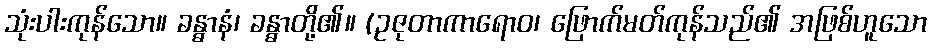
သုံးပါးကုန်သော။ ခန္ဓာနံ၊ ခန္ဓာတို့၏။ (ဥဇုတာကာရောဝ၊ ဖြောက်မတ်ကုန်သည်၏ အဖြစ်ဟူသော